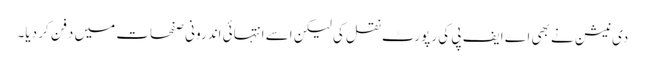
دی نیشن نے بھی اے ایف پی کی رپورٹ نقل کی لیکن اسے انتہائی اندرونی صفحات میں دفن کر دیا۔